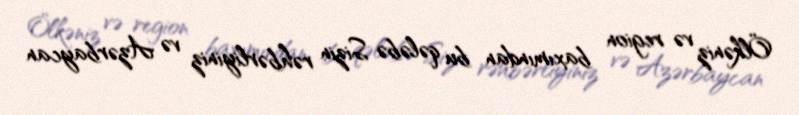
Ölkəniz və region baxımından bu qələbə Sizin rəhbərliyiniz və Azərbaycan